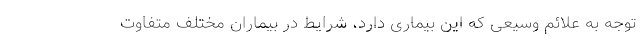
توجه به علائم وسیعی که این بیماری دارد، شرایط در بیماران مختلف متفاوت